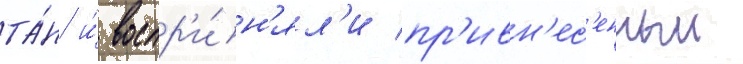
та́н и́ воспр'и́н'ял'и пр'ивн'ес'енныи